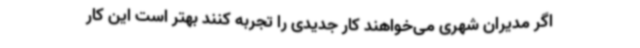
اگر مدیران شهری می‌خواهند کار جدیدی را تجربه کنند بهتر است این کار